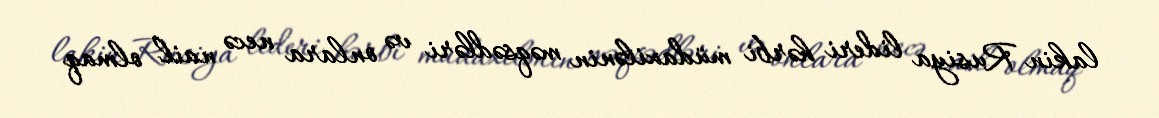
lakin Rusiya lideri hərbi müdaxilənin məqsədləri və onlara necə nail olmaq